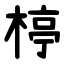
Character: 楟